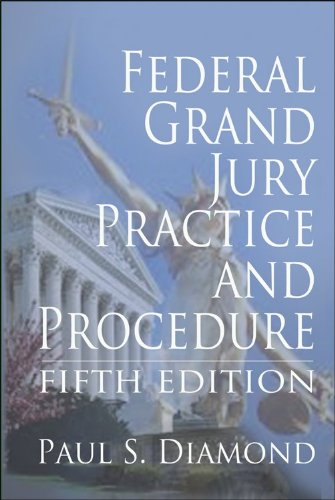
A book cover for Federal Grand Jury Practice and Procedure - 5th Edition; Paul S. Diamond; Law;